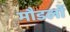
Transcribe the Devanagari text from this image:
मौडलों